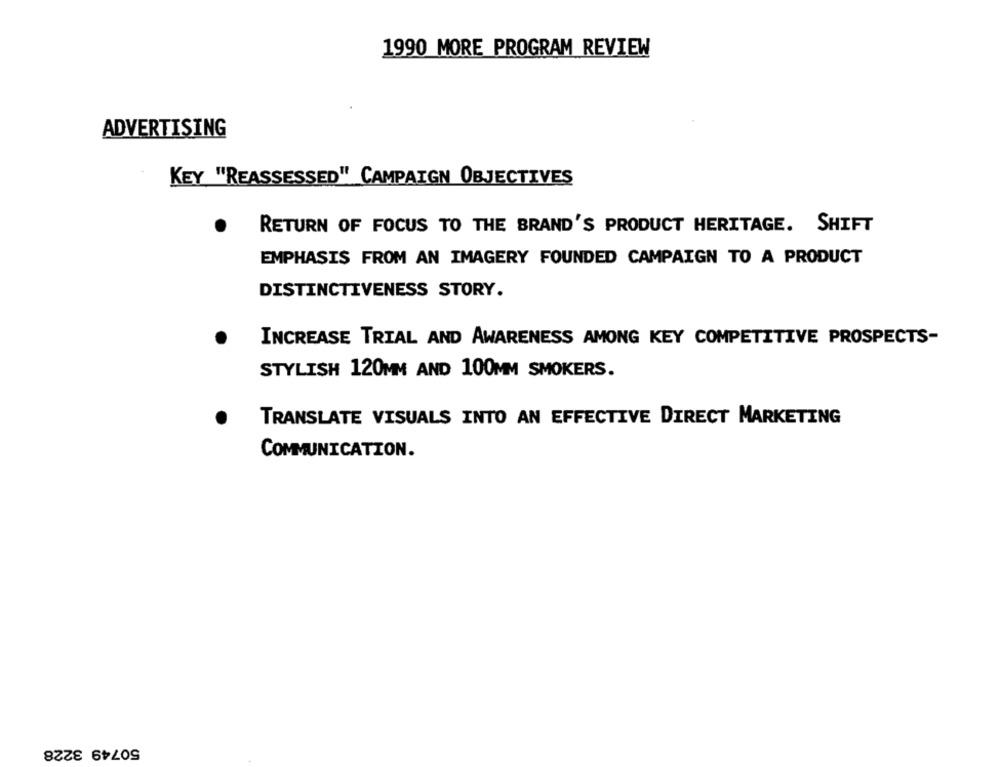
1990 MORE PROGRAM REVIEW
ADVERTISING
KEY "REASSESSED" CAMPAIGN OBJECTIVES
.
RETURN OF FOCUS TO THE BRAND'S PRODUCT HERITAGE. SHIFT
EMPHASIS FROM AN IMAGERY FOUNDED CAMPAIGN TO A PRODUCT
DISTINCTIVENESS STORY.
INCREASE TRIAL AND AWARENESS AMONG KEY COMPETITIVE PROSPECTS-
STYLISH 120MM AND 100MM SMOKERS.
TRANSLATE VISUALS INTO AN EFFECTIVE DIRECT MARKETING
COMMUNICATION.
50749 3228